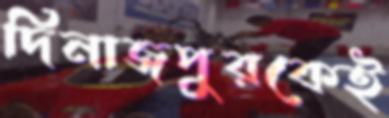
দিনাজপুরকেই